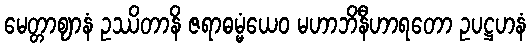
မေတ္တာဈာနံ ဥဿိတာနိ ဇရာဓမ္မံယေဝ မဟာဘိနီဟာရတော ဥပဋ္ဌဟနံ